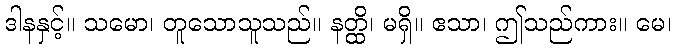
ဒါနနှင့်။ သမော၊ တူသောသူသည်။ နတ္ထိ၊ မရှိ။ ဧသာ၊ ဤသည်ကား။ မေ၊